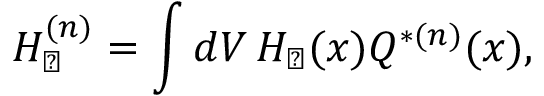
H _ { \perp } ^ { ( n ) } = \int d V \, H _ { \perp } ( x ) Q ^ { * ( n ) } ( x ) ,